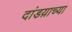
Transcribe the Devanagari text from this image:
दांडय़ाच्या